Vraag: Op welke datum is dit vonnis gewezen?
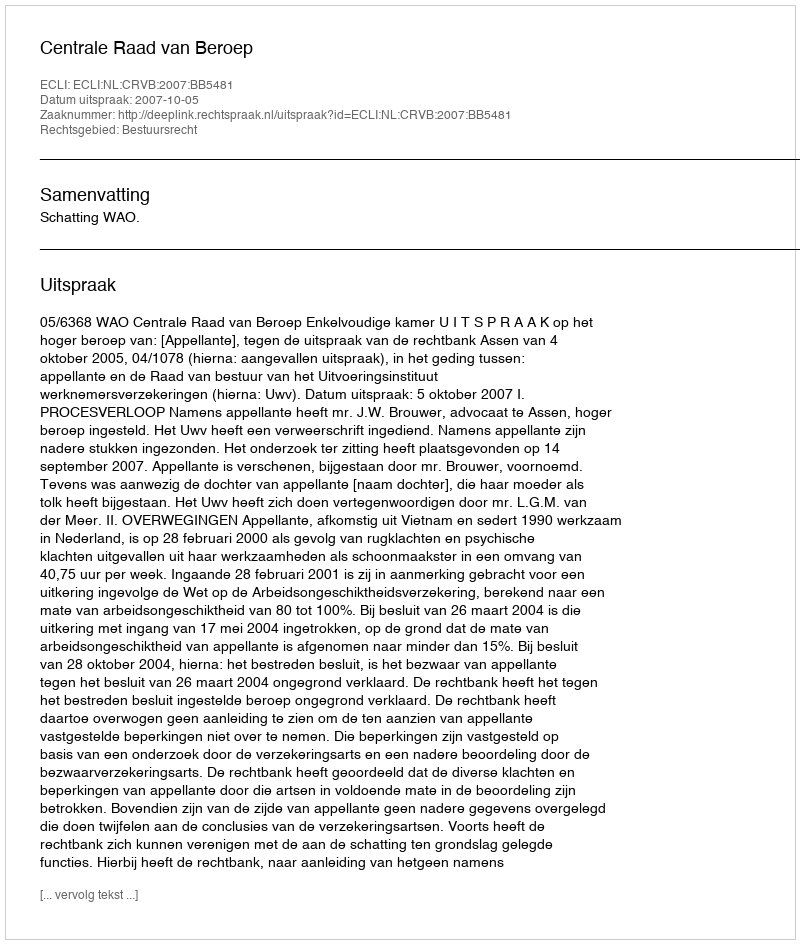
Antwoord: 2007-10-05